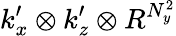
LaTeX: k_{x}^{\prime}\otimes k_{z}^{\prime}\otimes R^{N_{y}^{2}}